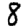
Digit: 8